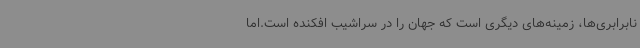
نابرابری‌ها، زمینه‌های دیگری است که جهان را در سراشیب افکنده است.اما